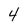
Character: 4